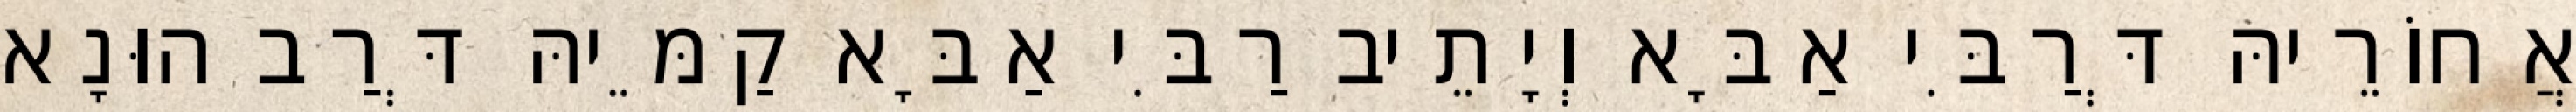
אֲחוֹרֵיהּ דְּרַבִּי אַבָּא וְיָתֵיב רַבִּי אַבָּא קַמֵּיהּ דְּרַב הוּנָא